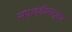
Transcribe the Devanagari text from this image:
संपादकीयानुसार